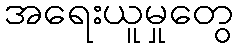
အရေးယူမှုတွေ